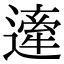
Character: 𨖱